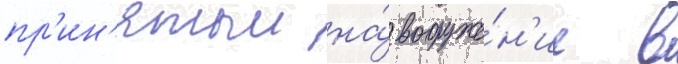
пр'ин'ятыи на́ вооруже́н'ие в